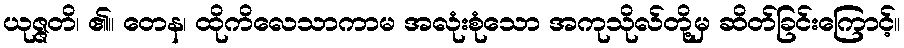
ယုဇ္ဇတိ၊ ၏။ တေန၊ ထိုကိလေသာကာမ အလုံးစုံသော အကုသိုလ်တို့မှ ဆိတ်ခြင်းကြောင့်။